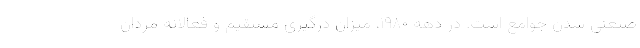
صنعتی شدن جوامع است. در دهه ۱۹۸۰، میزان درگیری مستقیم و فعالانه مردان